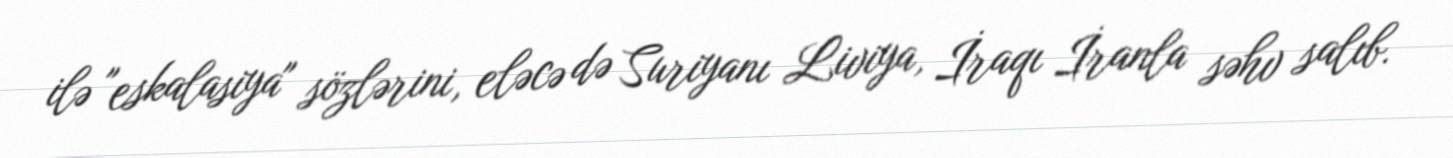
ilə "eskalasiya" sözlərini, eləcə də Suriyanı Liviya, İraqı İranla səhv salıb.